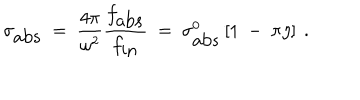
LaTeX: \sigma _ { \mathrm { a b s } } ~ = ~ { \frac { 4 \pi } { \omega ^ { 2 } } } { \frac { f _ { \mathrm { a b s } } } { f _ { \mathrm { i n } } } } ~ = ~ \sigma _ { \mathrm { a b s } } ^ { 0 } \left[ 1 ~ - ~ \pi \eta \right] ~ .